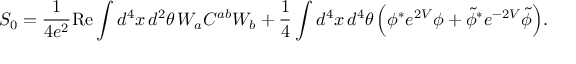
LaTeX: S _ { 0 } = \frac { 1 } { 4 e ^ { 2 } } \mathrm { R e } \int d ^ { 4 } x \, d ^ { 2 } \theta \, W _ { a } C ^ { a b } W _ { b } + \frac { 1 } { 4 } \int d ^ { 4 } x \, d ^ { 4 } \theta \, \Big ( \phi ^ { * } e ^ { 2 V } \phi + \tilde { \phi } ^ { * } e ^ { - 2 V } \tilde { \phi } \Big ) .